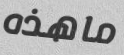
ماهذه